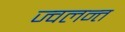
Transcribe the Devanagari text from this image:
ज्‍वलन्‍त